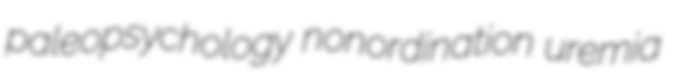
paleopsychology nonordination uremia